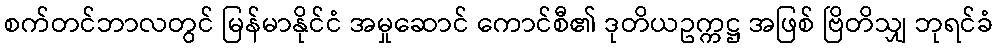
စက်တင်ဘာလတွင် မြန်မာနိုင်ငံ အမှုဆောင် ကောင်စီ၏ ဒုတိယဥက္ကဋ္ဌ အဖြစ် ဗြိတိသျှ ဘုရင်ခံ